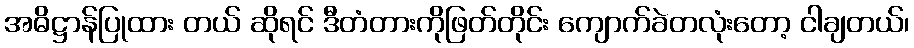
အဓိဋ္ဌာန်ပြုထား တယ် ဆိုရင် ဒီတံတားကိုဖြတ်တိုင်း ကျောက်ခဲတလုံးတော့ ငါချတယ်၊